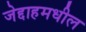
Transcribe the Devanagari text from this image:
जेद्दाहमधील